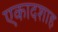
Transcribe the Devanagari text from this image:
एकादशाह